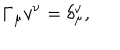
{ \bf \Gamma } _ { \mu } v ^ { \nu } = \delta _ { \mu } ^ { \nu } ,